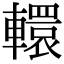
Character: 轘